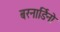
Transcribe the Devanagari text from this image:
बरनार्डिनो